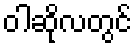
ဝါဆိုလတွင်